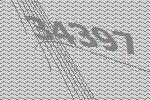
34397